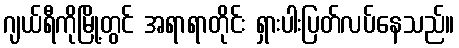
ဂျယ်ရီကိုမြို့တွင် အရာရာတိုင်း ရှားပါးပြတ်လပ်နေသည်။